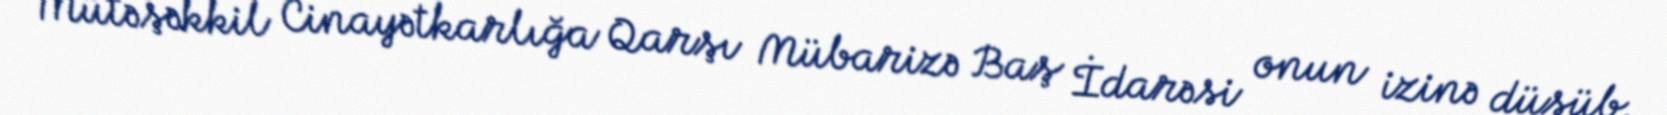
Mütəşəkkil Cinayətkarlığa Qarşı Mübarizə Baş İdarəsi onun izinə düşüb.